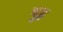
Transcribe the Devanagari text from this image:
ब्रुह्ल